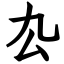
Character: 厹